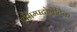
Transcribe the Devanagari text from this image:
एसिम्पटोमेटिक